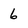
Character: 6